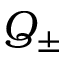
Q _ { \pm }